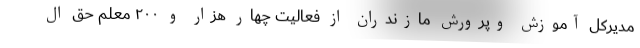
مدیرکل آموزش وپرورش مازندران از فعالیت چهار هزار و ۲۰۰ معلم حق ال